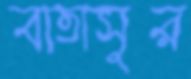
বাতাসুর